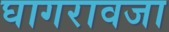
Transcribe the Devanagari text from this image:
घागरावजा